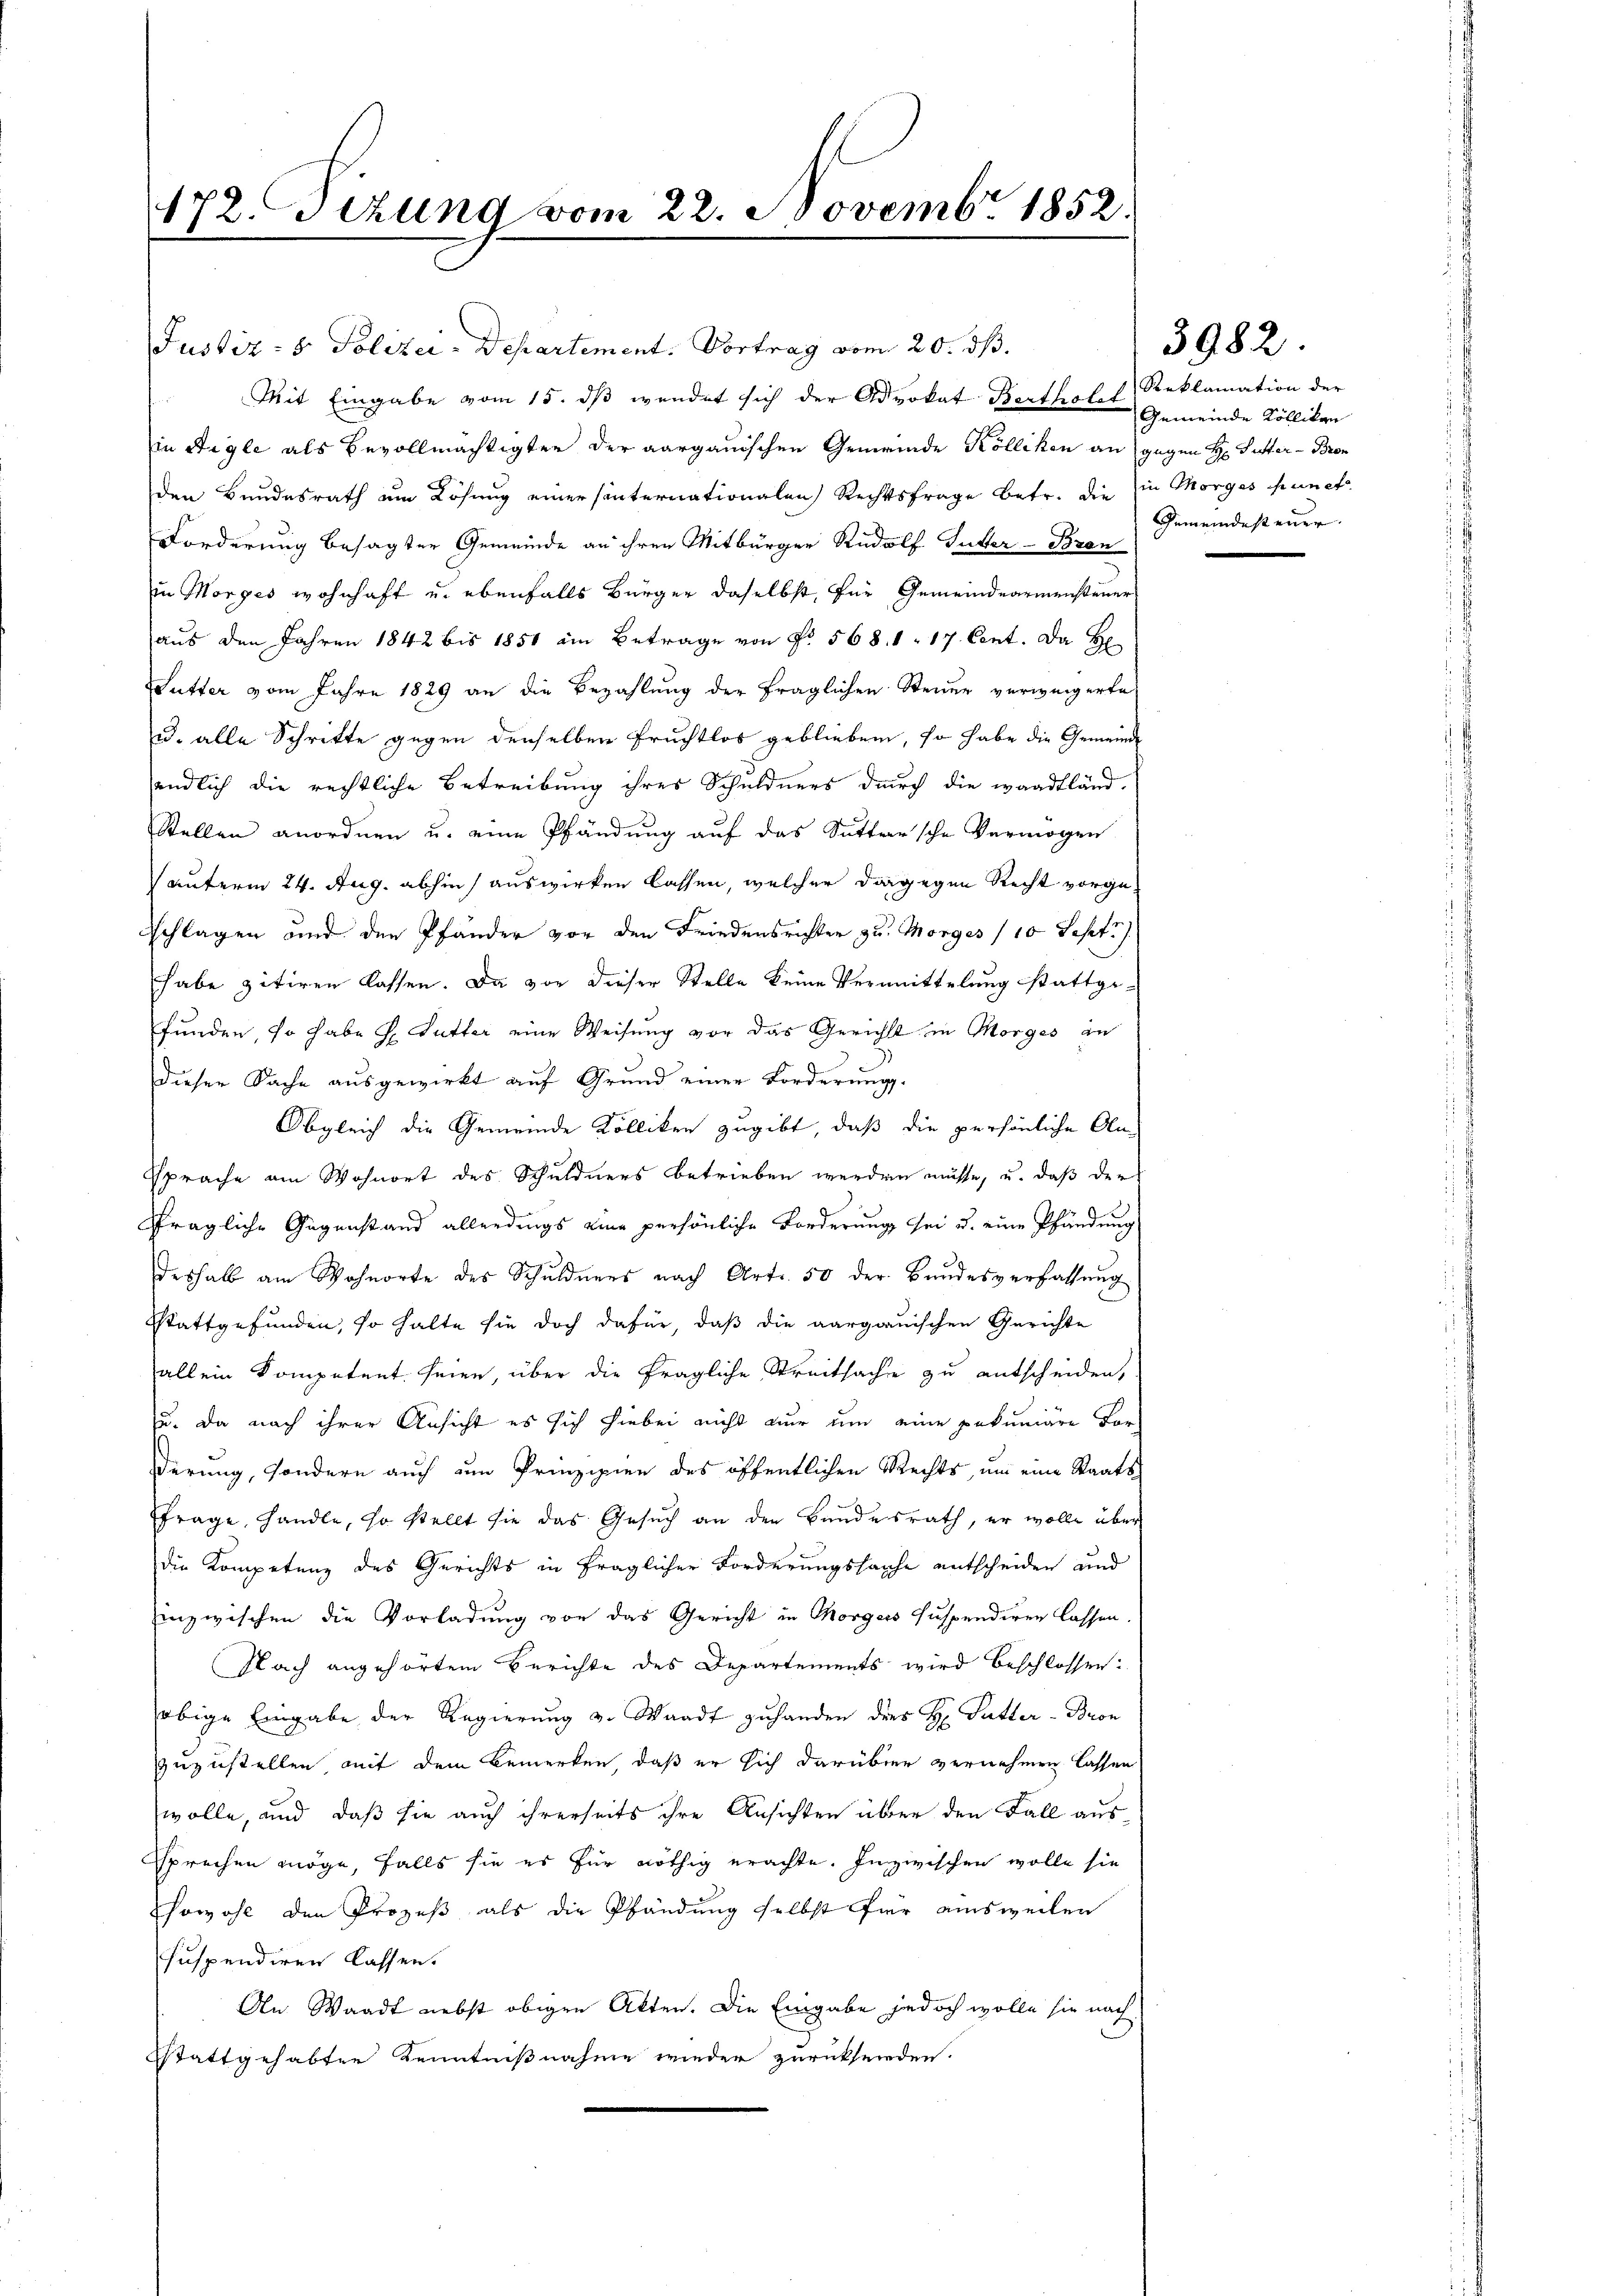
172. Sezung vom 22. Novembr 1852.

Justiz- & Polizei-Departement. Vortrag vom 20. dß.
Mit Eingabe vom 15. dß wendet sich der Advokat Bertholze Gemeinde Kölliken
in Aigle als Bevollmächtigten der aargauischen Gemeinde Kölliken an gegen H. Pütter- Bron
den Bundesrath um Lösung einer sinternationalen Rechtsfrage betr. die in Morges Punct
Forderung besagter Gemeinde an ihren Mitbürger Rudolf Gutter-Bran
in Morges wohnhaft u. ebenfalls Bürger daselbst, für Gemeindearmensteuer
aus den Jahren 1842 bis 1851 im Betrage von Fr. 568. 1. 17. Cent. Da H
utter vom Jahre 1829 an die Bezahlung der fraglichen Steuer verweigerte
u. alle Schritte gegen denselben Fruchtlos geblieben, so habe die Gemeinde
endlich die rechtliche Betreibung ihres Schuldners durch die waadtländ-
Stellen anordnen u. eine Pfändung auf das Suttersche Vermögen
 unterm 24. Aug. abhin) auswirken lassen, welcher dagegen Recht vorge¬
Splügen und den Pfänder vor den Friedensrichter zu. Morges (10 Sept.
habe zitiren lassen. Da vor dieser Stelle keine Vermittelung stattge-
funden, so habe H. Sutter eine Weisung vor das Gericht in Morges in
Dieser Sache ausgewirkt auf Grund einer Forderung.
Obgleich die Gemeinde Kolliken zugibt, daß die persönliche An¬
Sprache am Wohnort des Schuldners betrieben werden müsse, u. daß der
sfragliche Gegenstand allerdings eine persönliche Forderung sei u. eine Pfändung
deshalb am Wohnorte des Schuldners nach Art. 50 der Bundesverfassung
Stattgefunden, so halte sie doch dafür, daß die aargauischen Gerichte
allein Kompetent seien, über die fragliche Streitsache zu entscheiden,
u. Da nach ihrer Ansicht es sich hiebei nicht nur um eine pekuniäre For-
ßerung, sondern auch um Prinzipien des öffentlichen Rechts, um eine Staats¬
Ffrage, handle, so stellt sie das Gesuch an den Bundesrath, er wolle über
die Kompetenz des Gerichts in fraglicher Forderungssache entscheiden und
inzwischen die Vorladung von das Gericht in Morgers suspendiren lassen
Nach angehörtem Berichte des Departements wird beschlossen:
obige Eingabe der Regierung v. Waadt zuhanden dies H. Futter - Bron
zuzustellen mit dem Bemerken, daß er sich darüber vernehmen lassen
wolle, und daß sie auch ihrerseits ihre Ansichten über den Fall aussprechen möge, falls sie es für nöthig erachte. Inzwischen wolle sie
sowohl den Prozeß als die Pfändung selbst für ausweilen
suspendiren lassen.
An Waadt nebst obigen Akten. Die Eingabe jedoch wolle sie nach
sstattgehabten Kenntnißnahme wieder zurücksenden.

3982.

Reklamation der
Gemeindesteuer. |